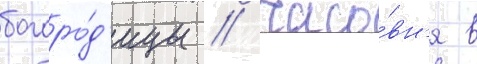
богоро́д'ицы / часо́вн'я в